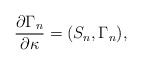
\begin{align*}{\partial \Gamma_n\over \partial \kappa}=(S_n,\Gamma_n),\end{align*}